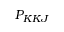
P _ { K K J }